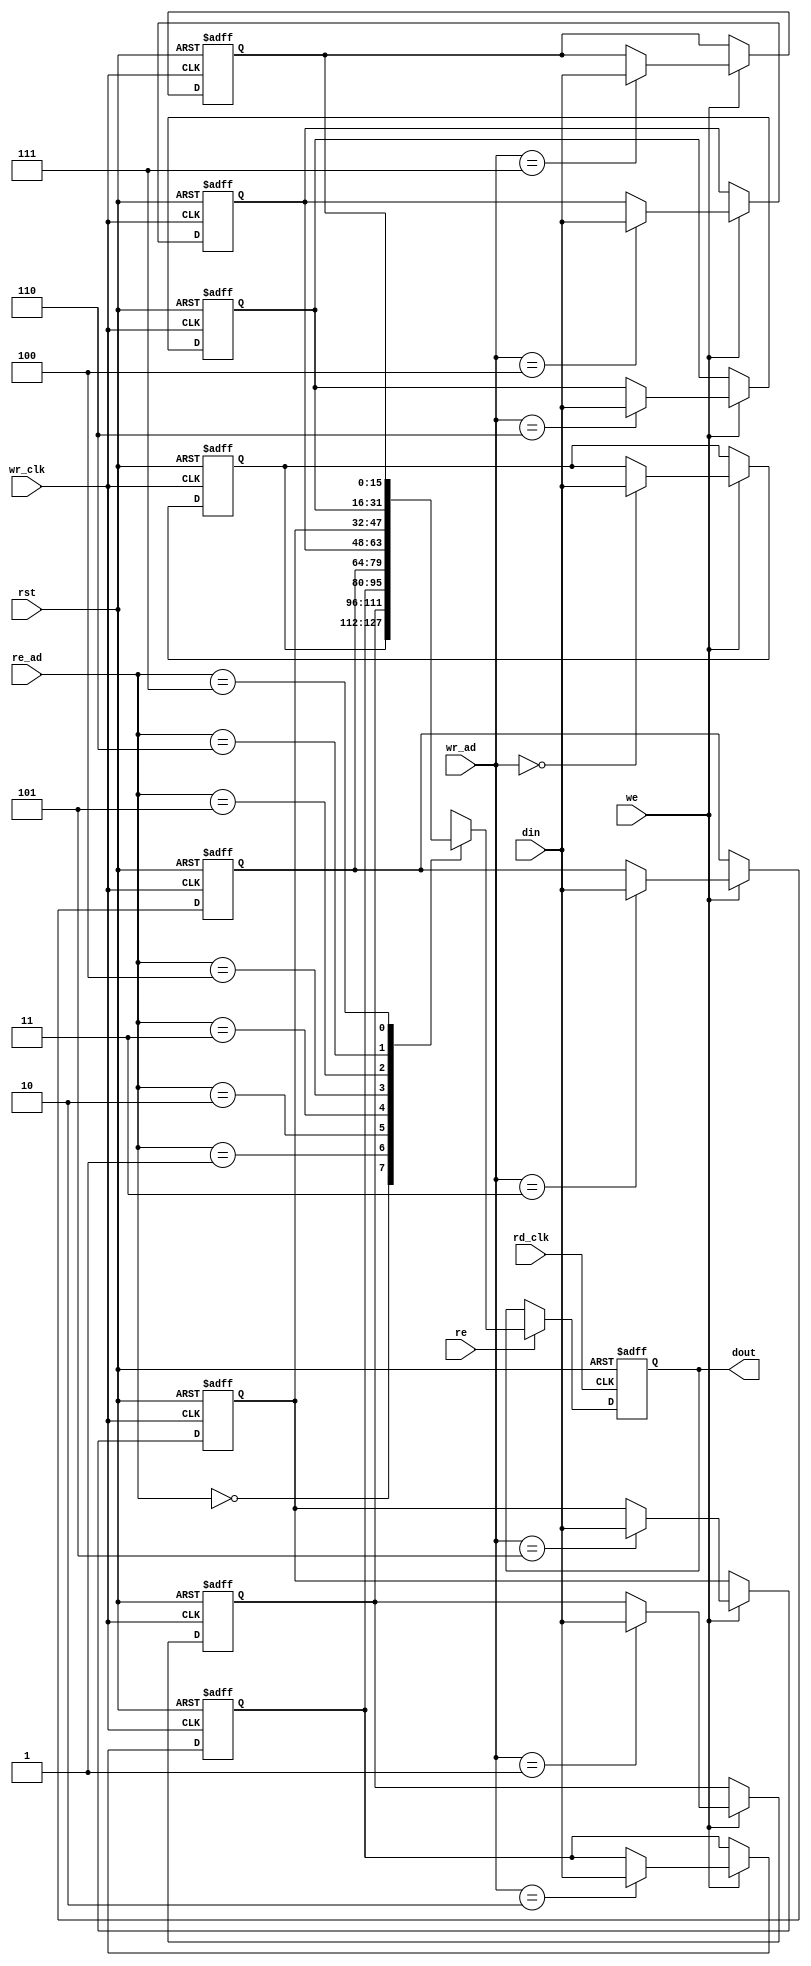
//Write an RTL and testbench for a 8x16 asynchronous dual port RAM memory.

module dualport_as_ram(rd_clk,wr_clk,rst,din,dout,re,we,re_ad,wr_ad);

parameter width=16; 
parameter depth=8 ;
parameter ad_bus=3;

input rd_clk,wr_clk,re,we,rst;
input [width-1:0] din;
output reg [width-1:0] dout;
input [ad_bus-1:0] re_ad,wr_ad;
reg [width-1:0] mem [depth-1:0];
integer i;

//for writing

always @(posedge wr_clk or posedge rst)
begin
if(rst)
	begin
	for(i=0;i<8;i=i+1)
		begin
		mem[i]<=0;
		end
	end
else if(we)
	begin
		mem[wr_ad]<=din;
	end
end
//for reading
always @(posedge rd_clk or posedge rst)
begin
if(rst)
	begin
	for(i=0;i<8;i=i+1)
		begin
		dout<=0;
		end
	end
else if(re)
	begin
		dout<=mem[re_ad];
	end
end

endmodule